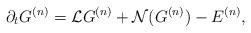
LaTeX: \begin{align*}\partial_tG^{(n)}=\mathcal{L}G^{(n)}+\mathcal{N}(G^{(n)})-E^{(n)},\end{align*}